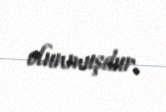
olunmuşdur.